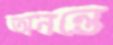
অনন্তে